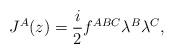
LaTeX: \begin{align*}J^{A}(z)=\frac{i}{2}f^{ABC}\lambda^{B}\lambda^{C},\end{align*}